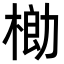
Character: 𬃌